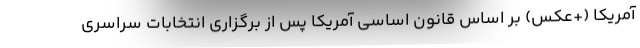
آمریکا (+عکس) بر اساس قانون اساسی آمریکا پس از برگزاری انتخابات سراسری